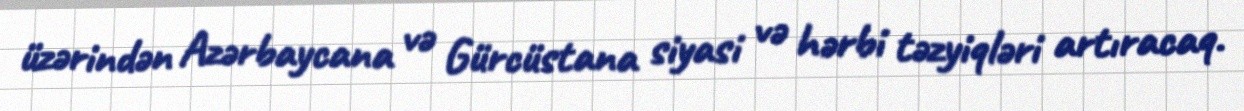
üzərindən Azərbaycana və Gürcüstana siyasi və hərbi təzyiqləri artıracaq.